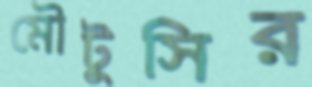
মৌটুসির